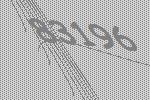
83196